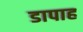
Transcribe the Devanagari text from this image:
डापाह